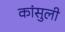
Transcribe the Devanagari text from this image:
कांसुली